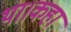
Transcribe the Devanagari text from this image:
था।कहा